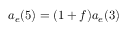
a _ { e } ( 5 ) = ( 1 + f ) a _ { e } ( 3 )